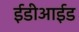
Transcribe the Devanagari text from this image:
ईडीआईड